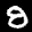
Label: 8